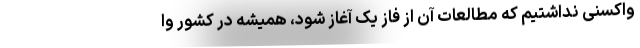
واکسنی نداشتیم که مطالعات آن از فاز یک آغاز شود، همیشه در کشور وا